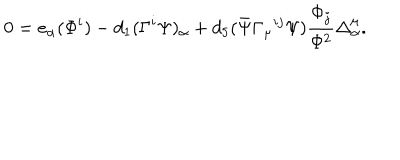
LaTeX: 0 = e _ { \alpha } ( \Phi ^ { i } ) - d _ { 1 } ( \Gamma ^ { i } \Psi ) _ { \alpha } + d _ { 5 } ( \bar { \Psi } \Gamma _ { \mu } { } ^ { i j } \Psi ) \frac { \Phi _ { j } } { \Phi ^ { 2 } } \Delta _ { \alpha } ^ { \mu } .